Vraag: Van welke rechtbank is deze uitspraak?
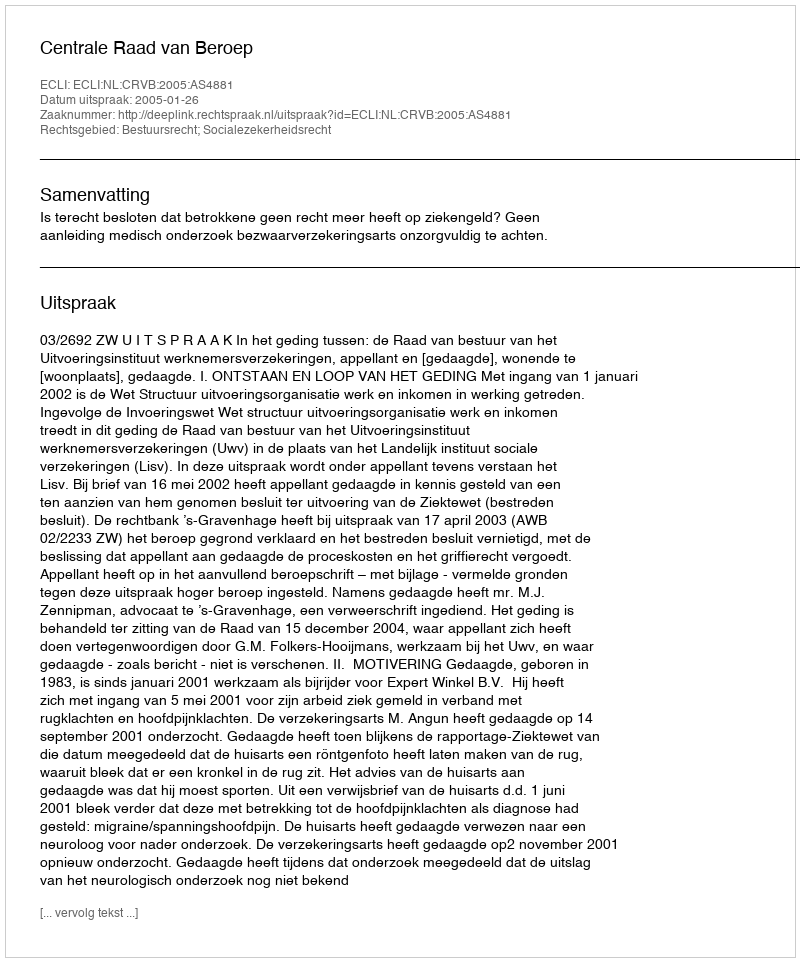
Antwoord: Centrale Raad van Beroep